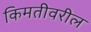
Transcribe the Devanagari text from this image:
किमतीवरील